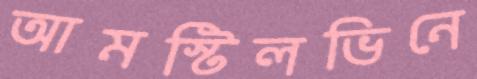
আমস্টিলভিনে